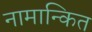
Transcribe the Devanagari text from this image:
नामान्कित